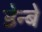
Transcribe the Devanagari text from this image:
डेन्बे